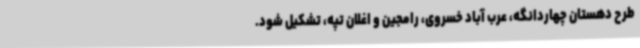
طرح دهستان چهاردانگه، عرب آباد خسروی، رامجین و اغلان تپه، تشکیل شود.